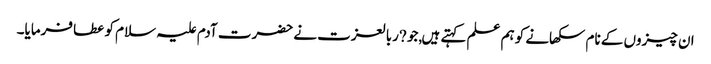
ان چیزوں کے نام سکھانے کو ہم علم کہتے ہیں,جو ?ربالعزت نے حضرت آدم علیہ سلام کو عطا فرمایا۔